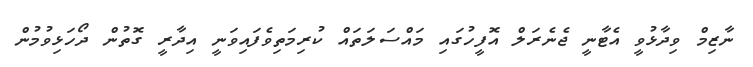
ނާޒިމް ވިދާޅުވީ އެޓާނީ ޖެނެރަލް އޮފީހުގައި މައްސަލަތައް ކުރިމަތިވެފައިވަނީ އިދާރީ ގޮތުން ދޯހަޅިވުމުން